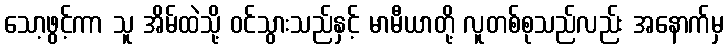
သော့ဖွင့်ကာ သူ အိမ်ထဲသို့ ဝင်သွားသည်နှင့် မာမီယာတို့ လူတစ်စုသည်လည်း အနောက်မှ